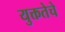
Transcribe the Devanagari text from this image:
युक्ततेचे